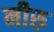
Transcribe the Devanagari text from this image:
नीरु